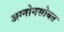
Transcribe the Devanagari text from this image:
अग्नोनसोबत